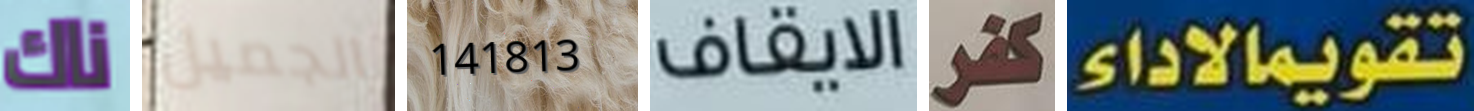
ناك الجميل 141813 الايقاف كفر تقويمالاداء